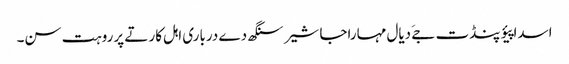
اسدا پیؤ پنڈت جےَ دیال مہاراجا شیر سنگھ دے درباری اہل کار تے پرروہت سن۔